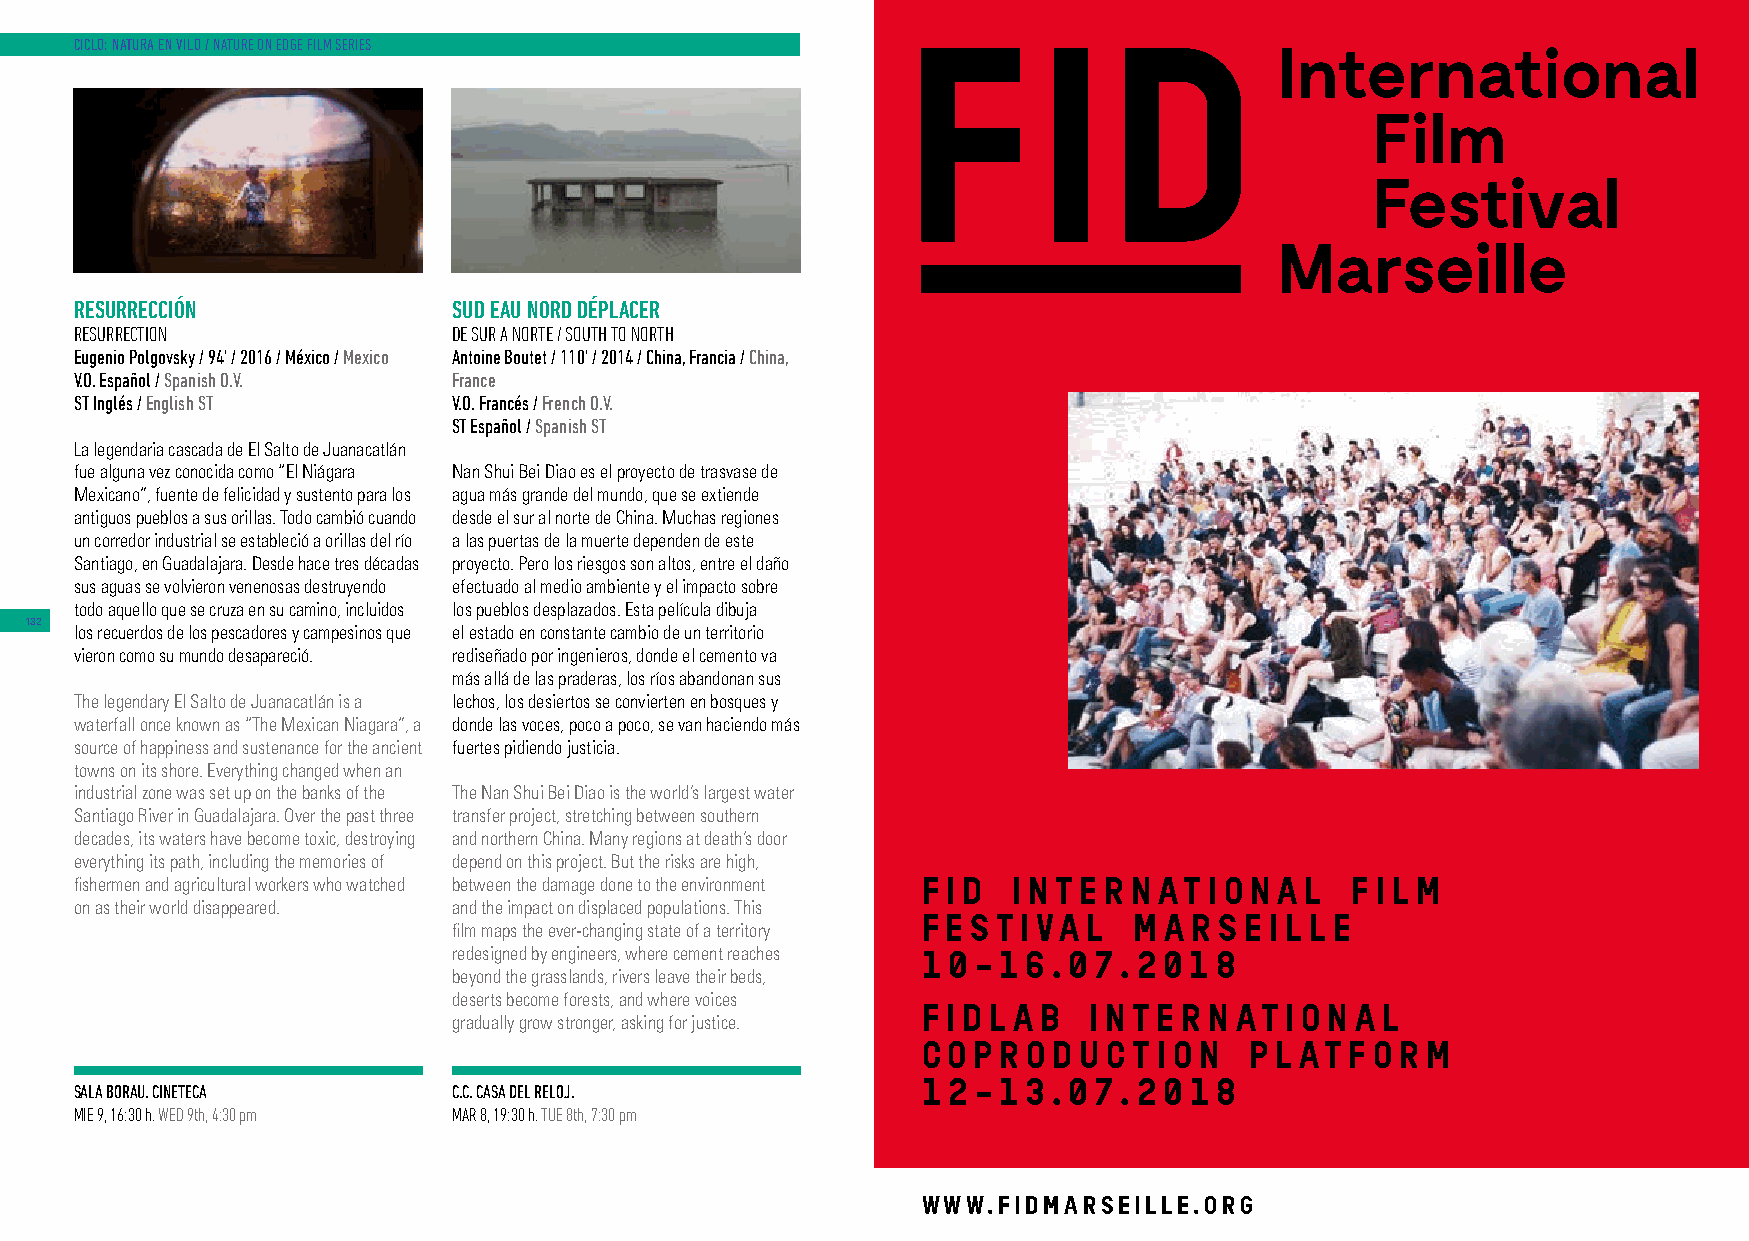
CICLO: NATURA EN VILO / NATURE ON EDGE FILM SERIES
 Inter     nat    ional
 F ilm
 Festival
 Marseille
 RESURRECCIÓN             SUD EAU NORD DÉPLACER
 RESURRECTION             DE SUR A NORTE / SOUTH TO NORTH
 Eugenio Polgovsky / 94’ / 2016 / México / Mexico Antoine Boutet / 110’ / 2014 / China, Francia / China,
 V.O. Español / Spanish O.V. France
 ST Inglés / English ST   V.O. Francés / French O.V.
 ST Español / Spanish ST
 La legendaria cascada de El Salto de Juanacatlán
 fue alguna vez conocida como “El Niágara Nan Shui Bei Diao es el proyecto de trasvase de
 Mexicano”, fuente de felicidad y sustento para los agua más grande del mundo, que se extiende
 antiguos pueblos a sus orillas. Todo cambió cuando desde el sur al norte de China. Muchas regiones
 un corredor industrial se estableció a orillas del río a las puertas de la muerte dependen de este
 Santiago, en Guadalajara. Desde hace tres décadas proyecto. Pero los riesgos son altos, entre el daño
 sus aguas se volvieron venenosas destruyendo efectuado al medio ambiente y el impacto sobre
 todo aquello que se cruza en su camino, incluidos los pueblos desplazados. Esta película dibuja
 132
 los recuerdos de los pescadores y campesinos que el estado en constante cambio de un territorio
 vieron como su mundo desapareció. rediseñado por ingenieros, donde el cemento va
 más allá de las praderas, los ríos abandonan sus
 The legendary El Salto de Juanacatlán is a lechos, los desiertos se convierten en bosques y
 waterfall once known as “The Mexican Niagara”, a donde las voces, poco a poco, se van haciendo más
 source of happiness and sustenance for the ancient fuertes pidiendo justicia.
 towns on its shore. Everything changed when an
 industrial zone was set up on the banks of the The Nan Shui Bei Diao is the world’s largest water
 Santiago River in Guadalajara. Over the past three transfer project, stretching between southern
 decades, its waters have become toxic, destroying and northern China. Many regions at death’s door
 everything its path, including the memories of depend on this project. But the risks are high,
 fishermen and agricultural workers who watched between the damage done to the environment F I D I N T E R N AT I O N A L F I L M
 on as their world disappeared. and the impact on displaced populations. This
 F E S T I VA L M A R S E I L L E
 film maps the ever-changing state of a territory
 redesigned by engineers, where cement reaches
 1 0 — 1 6 . 0 7 . 2 0 1 8
 beyond the grasslands, rivers leave their beds,
 deserts become forests, and where voices
 F I D L A B I N T E R N AT I O N A L
 gradually grow stronger, asking for justice.
 C O P R O D U C T I O N P L AT F O R M
 SALA BORAU. CINETECA     C.C. CASA DEL RELOJ.           1 2 — 1 3 . 0 7 . 2 0 1 8
 MIE 9, 16:30 h. WED 9th, 4:30 pm MAR 8, 19:30 h. TUE 8th, 7:30 pm
 WWW.FIDMARSEILLE.ORG